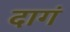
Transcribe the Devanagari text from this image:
दागं